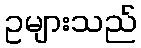
ဥများသည်